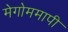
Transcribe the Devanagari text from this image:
मेगोममापी